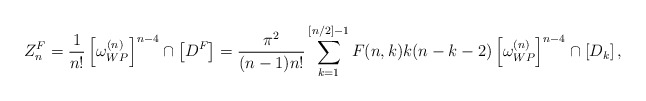
\begin{align*}Z^F_n={1\over n!}\left[\omega_{WP}^{(n)}\right]^{n-4}\cap\left[D^F\right]={\pi^2\over (n-1)n!}\sum_{k=1}^{[n/2]-1}F(n,k)k(n-k-2)\left[\omega_{WP}^{(n)}\right]^{n-4}\cap\left[D_k\right],\end{align*}